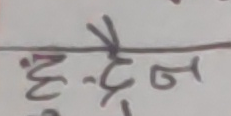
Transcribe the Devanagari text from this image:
हेंडेन